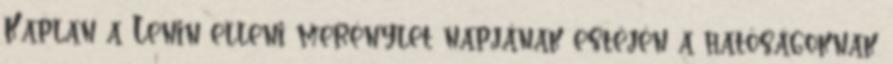
Kaplan a Lenin elleni merénylet napjának estéjén a hatóságoknak